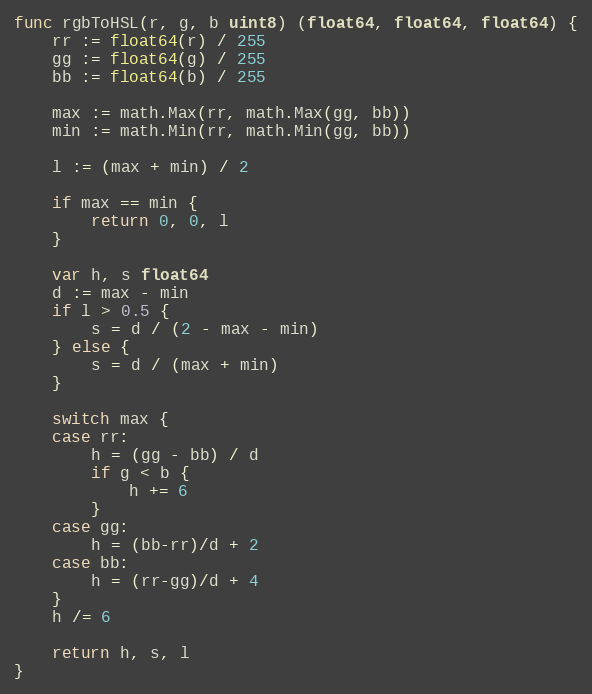
Language: Go
func rgbToHSL(r, g, b uint8) (float64, float64, float64) {
	rr := float64(r) / 255
	gg := float64(g) / 255
	bb := float64(b) / 255

	max := math.Max(rr, math.Max(gg, bb))
	min := math.Min(rr, math.Min(gg, bb))

	l := (max + min) / 2

	if max == min {
		return 0, 0, l
	}

	var h, s float64
	d := max - min
	if l > 0.5 {
		s = d / (2 - max - min)
	} else {
		s = d / (max + min)
	}

	switch max {
	case rr:
		h = (gg - bb) / d
		if g < b {
			h += 6
		}
	case gg:
		h = (bb-rr)/d + 2
	case bb:
		h = (rr-gg)/d + 4
	}
	h /= 6

	return h, s, l
}